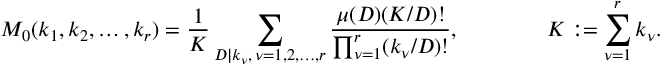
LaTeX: M _ { 0 } ( k _ { 1 } , k _ { 2 } , \dots , k _ { r } ) = \frac 1 { K } \sum _ { D | k _ { \nu } , \, \nu = 1 , 2 , \dots , r } \frac { \mu ( D ) ( K / D ) ! } { \prod _ { \nu = 1 } ^ { r } ( k _ { \nu } / D ) ! } , \qquad \qquad K : = \sum _ { \nu = 1 } ^ { r } k _ { \nu } .